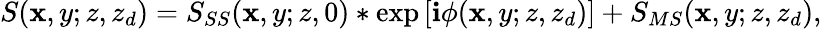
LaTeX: S(\mathbf{x},y;z,z_{d})=S_{SS}(\mathbf{x},y;z,0)*\exp\left[\mathbf{i}\phi(\mathbf{x},y;z,z_{d})\right]+S_{MS}(\mathbf{x},y;z,z_{d}),